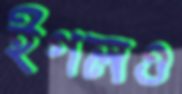
ইগলও